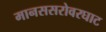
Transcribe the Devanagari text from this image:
मानससरोवरघाट